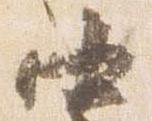
中